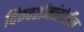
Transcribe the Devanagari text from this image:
दिग्दर्शनांखेरीज